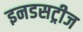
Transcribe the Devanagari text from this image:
इनडसट्रीज